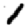
Digit: 1